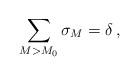
LaTeX: \begin{align*}\sum_{M>M_0} \sigma_M = \delta\,, \end{align*}